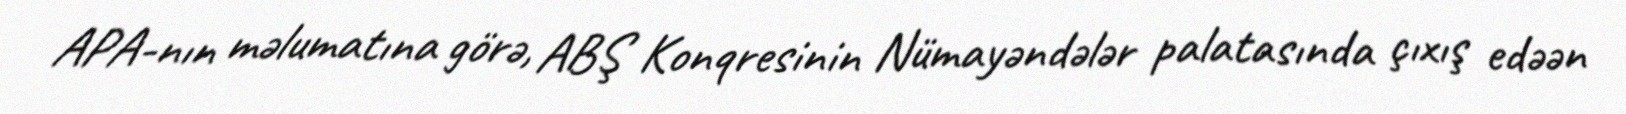
APA-nın məlumatına görə, ABŞ Konqresinin Nümayəndələr palatasında çıxış edəən